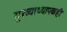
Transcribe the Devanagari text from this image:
मुख्याध्यापकही